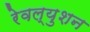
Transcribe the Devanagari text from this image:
रेवल्युशन